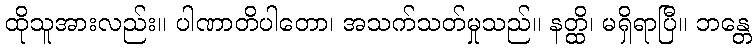
ထိုသူအားလည်း။ ပါဏာတိပါတော၊ အသက်သတ်မှုသည်။ နတ္ထိ၊ မရှိရာပြီ။ ဘန္တေ